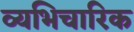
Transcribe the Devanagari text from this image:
व्यभिचारिक